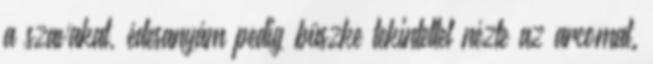
a szavakat, édesanyám pedig büszke tekintettel nézte az arcomat.